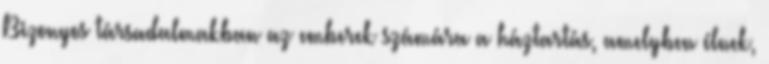
Bizonyos társadalmakban az emberek számára a háztartás, amelyben élnek,